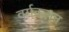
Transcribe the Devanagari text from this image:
वर्गकलन